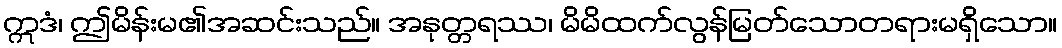
ဣဒံ၊ ဤမိန်းမ၏အဆင်းသည်။ အနုတ္တရဿ၊ မိမိထက်လွန်မြတ်သောတရားမရှိသော။